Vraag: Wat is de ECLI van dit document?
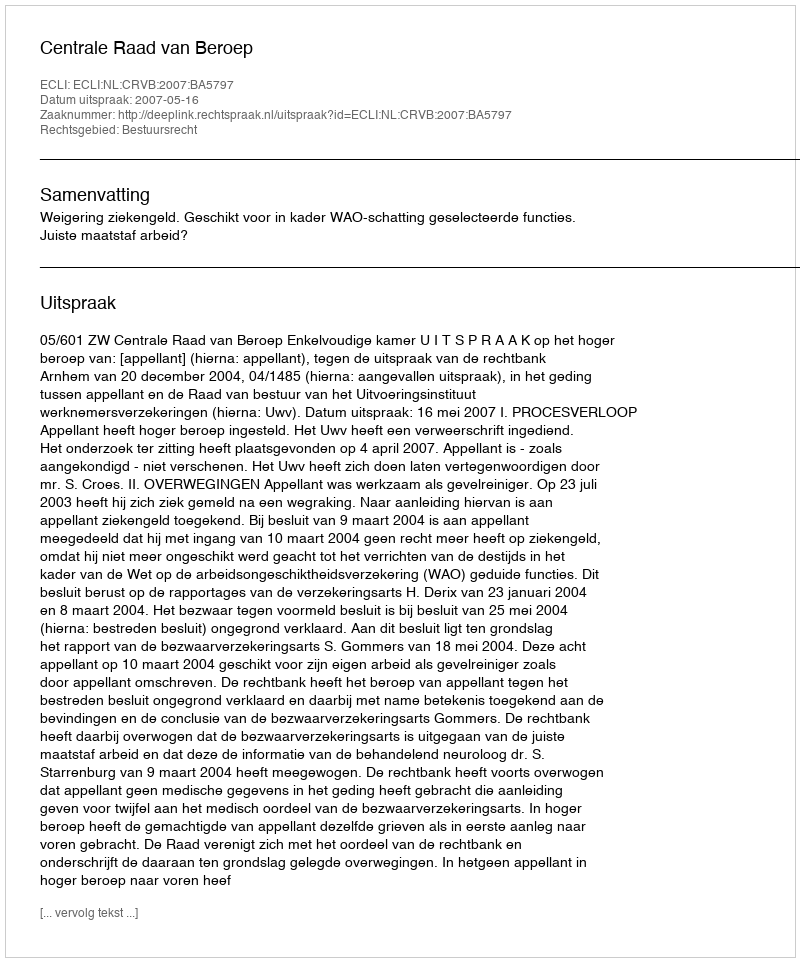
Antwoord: ECLI:NL:CRVB:2007:BA5797